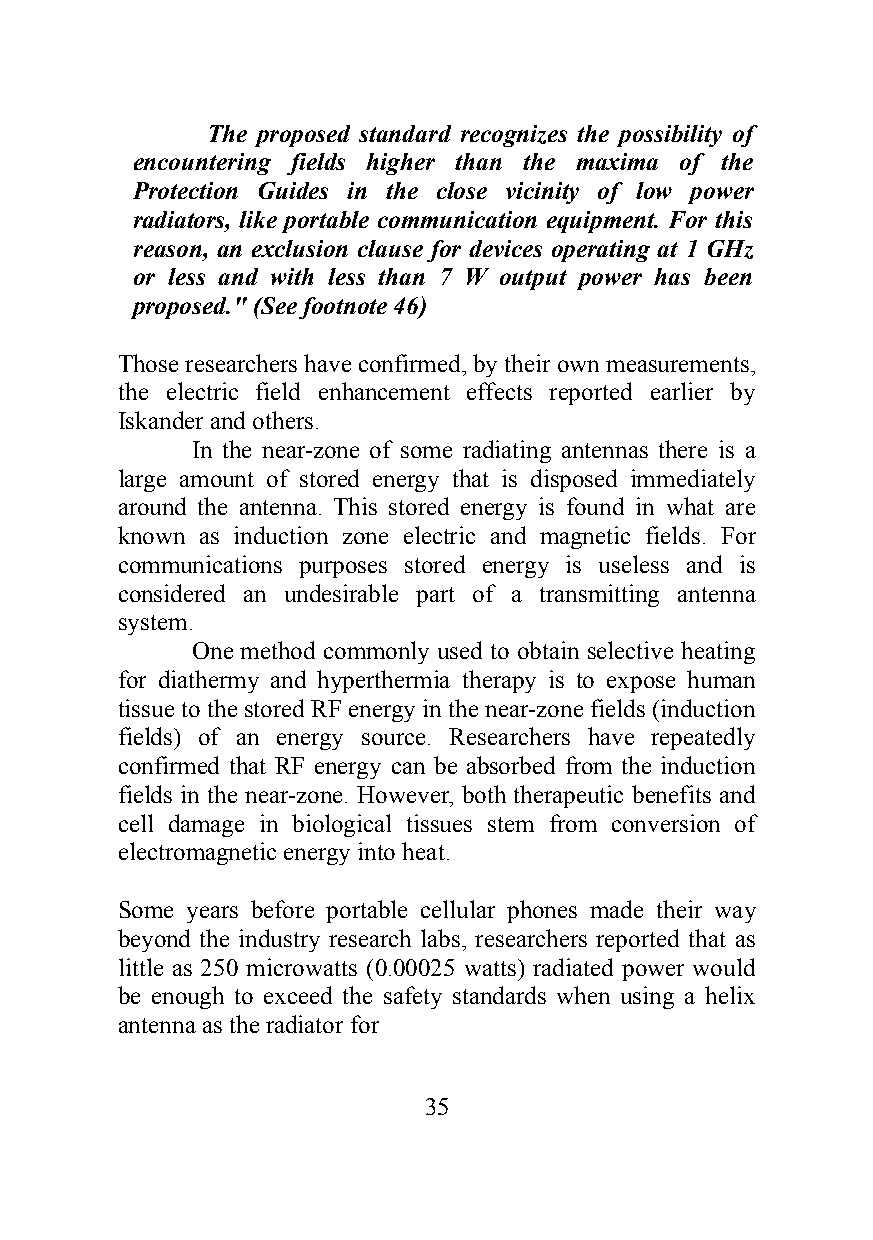
The proposed standard recognizes the possibility of
 encountering fields higher than the maxima of the
 Protection Guides in the close vicinity of low power
 radiators, like portable communication equipment. For this
 reason, an exclusion clause for devices operating at 1 GHz
 or less and with less than 7 W output power has been
 proposed." (See footnote 46)
 Those researchers have confirmed, by their own measurements,
 the electric field enhancement effects reported earlier by
 Iskander and others.
 In the near-zone of some radiating antennas there is a
 large amount of stored energy that is disposed immediately
 around the antenna. This stored energy is found in what are
 known as induction zone electric and magnetic fields. For
 communications purposes stored energy is useless and is
 considered an undesirable part of a transmitting antenna
 system.
 One method commonly used to obtain selective heating
 for diathermy and hyperthermia therapy is to expose human
 tissue to the stored RF energy in the near-zone fields (induction
 fields) of an energy source. Researchers have repeatedly
 confirmed that RF energy can be absorbed from the induction
 fields in the near-zone. However, both therapeutic benefits and
 cell damage in biological tissues stem from conversion of
 electromagnetic energy into heat.
 Some years before portable cellular phones made their way
 beyond the industry research labs, researchers reported that as
 little as 250 microwatts (0.00025 watts) radiated power would
 be enough to exceed the safety standards when using a helix
 antenna as the radiator for
 35